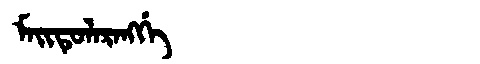
Manchu: ᠮᠠᡳᡨᡠᠯᠠᡵᠠᠩᡤᡝ
Romanization: MAITULARANGGE